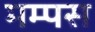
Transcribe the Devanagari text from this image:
मम्पस